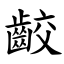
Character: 齩